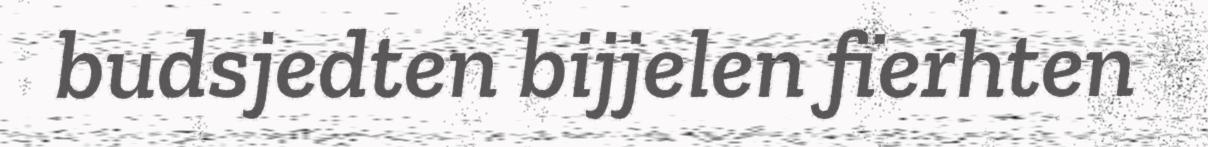
budsjedten bijjelen fïerhten